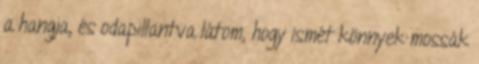
a hangja, és odapillantva látom, hogy ismét könnyek mossák